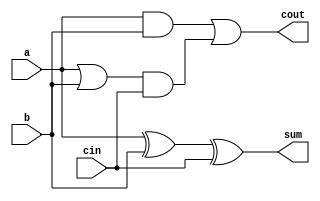
`timescale 1ns / 1ps
//////////////////////////////////////////////////////////////////////////////////
// Company: 
// 
// Design Name: 
// Module Name:    adder 
// Project Name: 
// Target Devices: 
// Tool versions: 
// Description: 
//
// Dependencies: 
//
// Revision: 
// Revision 0.01 - File Created
// Additional Comments: 
//
//////////////////////////////////////////////////////////////////////////////////
module adder(sum,cout,a,b,cin);  
 input  a,b,cin;  
 output cout,sum;  
 // sum = a xor b xor cin  
 xor #(50) (sum,a,b,cin);  
 // carry out = a.b + cin.(a+b)  
 and #(50) and1(c1,a,b);  
 or #(50) or1(c2,a,b);  
 and #(50) and2(c3,c2,cin);  
 or #(50) or2(cout,c1,c3);  
 endmodule